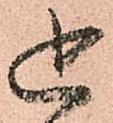
追